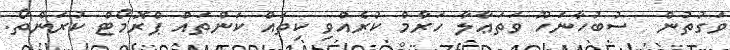
ވަގުތުން  ސުބުހާނަހޫ ވަތަޢާލާ ހަރާމް ކުރެއްވި ކިތައް ކަންތައް ޕްރޮމޯޓް ކުރަންތޯ.